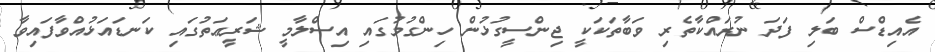
އެއިޑްސް ބަލި ފަދަ ނުރައްކާތެރި ވަބާތަކަކީ ޖިންސީގުޅުން ހިންގުމުގައި އިސްލާމީ ޝަރީޢަތުގައި ކަނޑަައަޅުއްވާފައިވާ